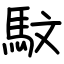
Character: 馼